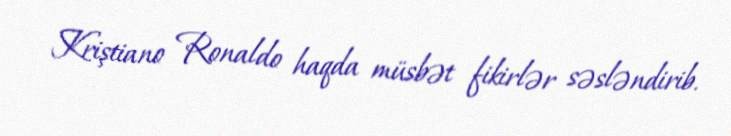
Kriştiano Ronaldo haqda müsbət fikirlər səsləndirib.